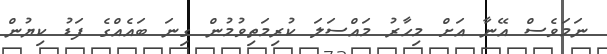
ނަމަވެސް އޭނާ އަށް މިހާރު މައްސަލަ ކުރިމަތިވުމުން ގިނަ ބައެއްގެ ފަޑު ކިޔުން